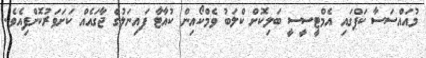
މުއައްސަސާ ކަޕްގައި އެމްޓީސީސީ ބަލިކޮށް ކްލަބު ވެމްކޯއިން ކުއާޓާ ފައިނަލުގެ ޖާގައެއް ކަށަވަރުކޮށްފިއެވެ.